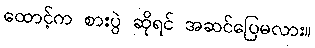
ထောင့်က စားပွဲ ဆိုရင် အဆင်ပြေမလား။